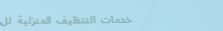
خدمات التنظيف المنزلية لل